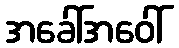
အခေါ်အဝေါ်